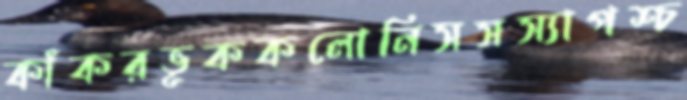
কাঁকরভূককলোনিসসস্যাপশ্চ